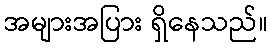
အများအပြား ရှိနေသည်။